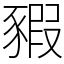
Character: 豭